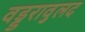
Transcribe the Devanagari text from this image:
वड्डरावुलद